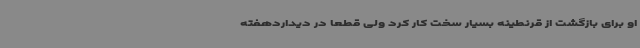
او برای بازگشت از قرنطینه بسیار سخت کار کرد ولی قطعا در دیداردهفته